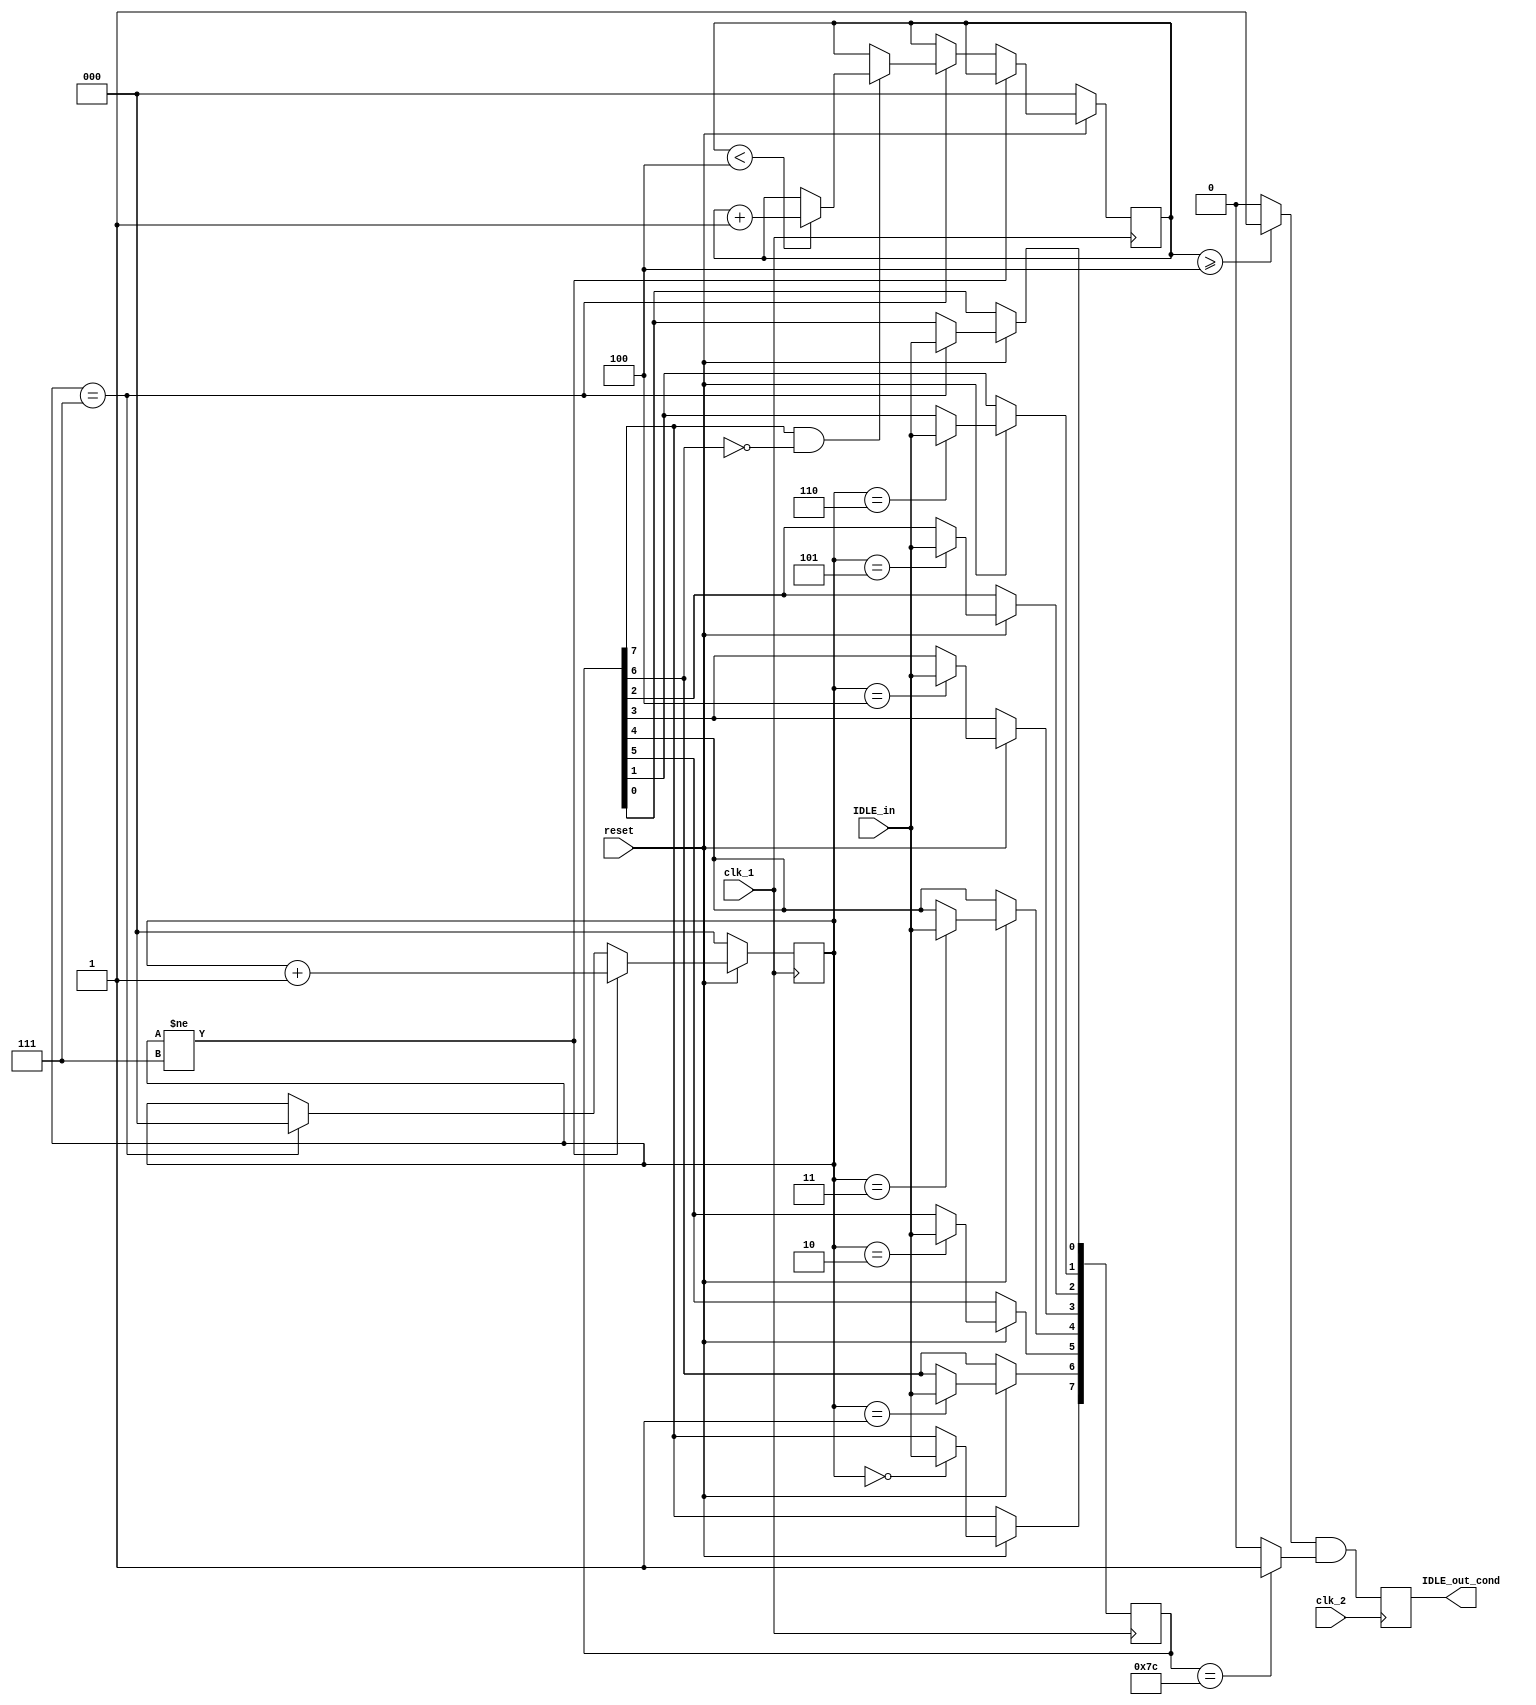
module SerialParalelo_PhyTX(
	input clk_1,
	input clk_2,
	input reset,
	input IDLE_in,
	output reg IDLE_out_cond
	);

	reg active;
	reg [2:0] contador_COM;
	reg x7C;
	reg [7:0] temporal;
	reg [2:0] selector;

	initial
		begin
			contador_COM = 3'b000;
			selector = 3'b000;
		end

	always@(posedge clk_1)
		begin
			if(reset == 0)
				begin
					active = 0;
					contador_COM = 3'b000;
					//x7C = 0;
					selector <= 3'b000;
				end

			else if(reset == 1)
				begin
					case (selector)
						3'b000: temporal[7] <= IDLE_in;       
						3'b001: temporal[6] <= IDLE_in;                 
						3'b010: temporal[5] <= IDLE_in;                  
						3'b011: temporal[4] <= IDLE_in;
						3'b100: temporal[3] <= IDLE_in;  
						3'b101: temporal[2] <= IDLE_in;          
						3'b110: temporal[1] <= IDLE_in;          
						3'b111: temporal[0] <= IDLE_in;
					endcase

					if(selector !=  3'b111) selector <= selector + 1; 
					else if(selector == 3'b111) 
						begin
							if((temporal[7] == 1) & (temporal[6] == 0))
								begin
									if(contador_COM < 4) contador_COM = contador_COM + 1;
									else contador_COM <= contador_COM;
								end
							selector <= 3'b000;
						end
				end
		end

	always@(posedge clk_2)
		begin
			active = (contador_COM >= 4) ? 1 : 0;

			if(temporal  == 8'b01111100) x7C = 1;
			else x7C = 0;

			IDLE_out_cond = active && x7C;
		end 
endmodule